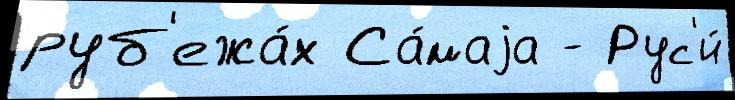
руб'ежа́х Са́маjа - Рус'и́